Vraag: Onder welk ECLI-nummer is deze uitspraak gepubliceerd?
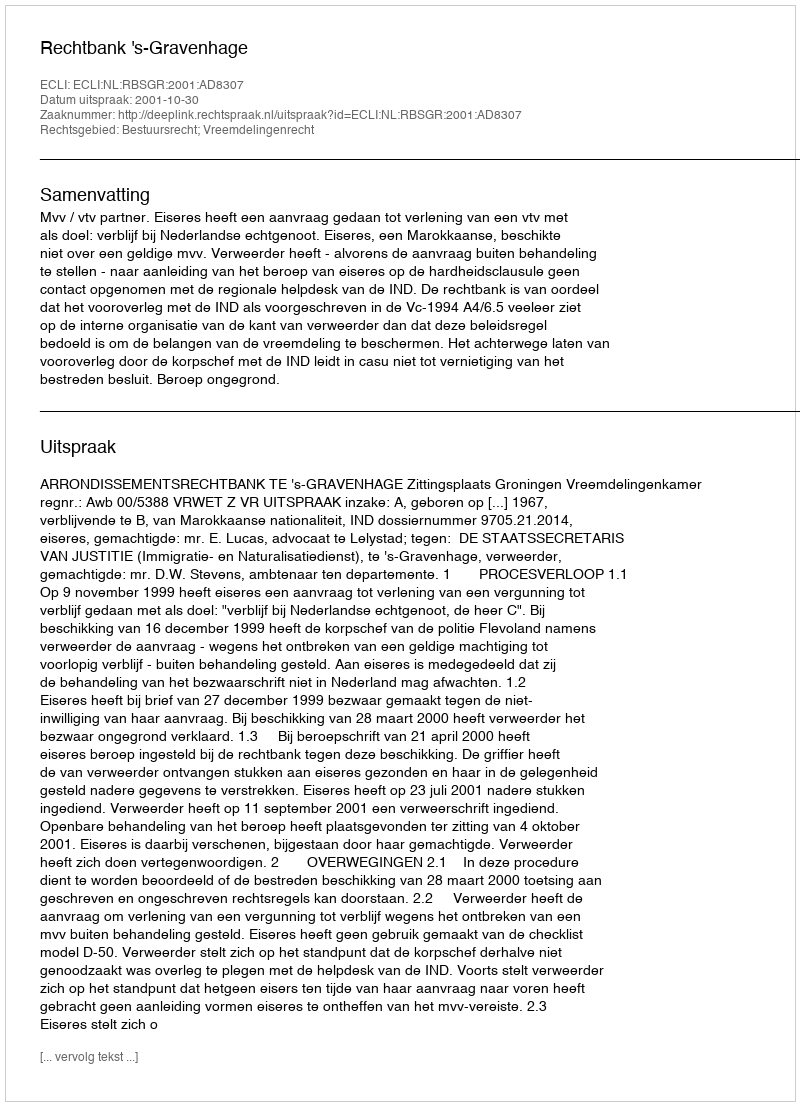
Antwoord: ECLI:NL:RBSGR:2001:AD8307